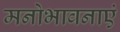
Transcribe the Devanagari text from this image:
मनोभावनाएं